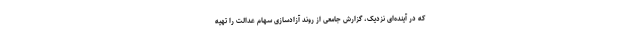
که در آینده‌ای نزدیک، گزارش جامعی از روند آزادسازی سهام عدالت را تهیه